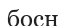
босн